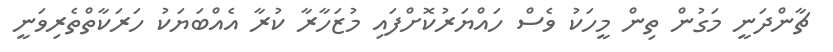
ޗާންދަނީ މަގުން ތިން މީހަކު ވެސް ހައްޔަރުކޮށްފައި މުޒަހާރާ ކުރާ އެއްބަޔަކު ހަރަކާތްތެރިވަނީ